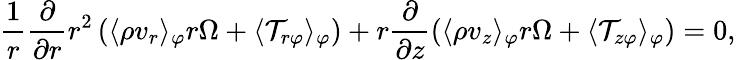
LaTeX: \frac{1}{r}\frac{\partial}{\partial r}r^{2}\left(\langle\rho v_{r}\rangle_{\varphi}r\Omega+\langle\mathcal{T}_{r\varphi}\rangle_{\varphi}\right)+r\frac{\partial}{\partial z}\left(\langle\rho v_{z}\rangle_{\varphi}r\Omega+\langle\mathcal{T}_{z\varphi}\rangle_{\varphi}\right)=0,